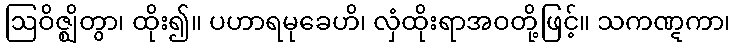
ဩဝိဇ္ဈိတွာ၊ ထိုး၍။ ပဟာရမုခေဟိ၊ လှံထိုးရာအဝတို့ဖြင့်။ သကဏ္ဋကာ၊